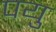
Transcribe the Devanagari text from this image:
पयु